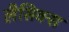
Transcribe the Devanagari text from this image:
लैसिक्स